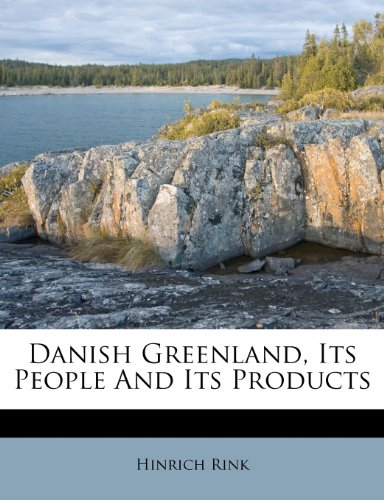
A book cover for Danish Greenland, Its People And Its Products; Hinrich Rink; History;